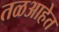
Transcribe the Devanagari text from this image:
तळआहेत